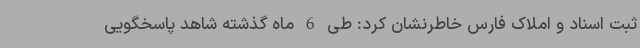
ثبت اسناد و املاک فارس خاطرنشان کرد: طی 6 ماه گذشته شاهد پاسخگویی